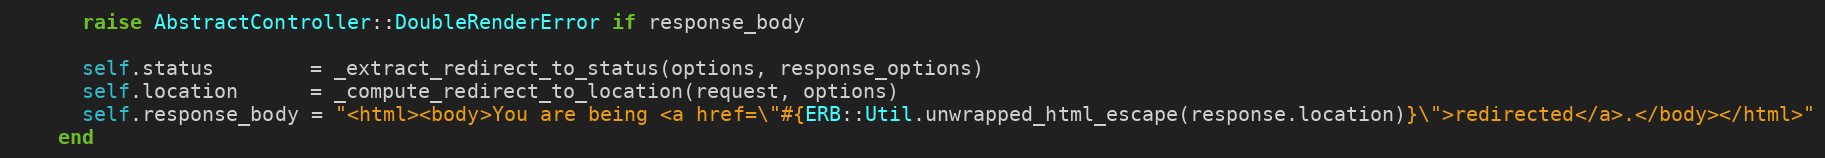
Language: Ruby
      raise AbstractController::DoubleRenderError if response_body

      self.status        = _extract_redirect_to_status(options, response_options)
      self.location      = _compute_redirect_to_location(request, options)
      self.response_body = "<html><body>You are being <a href=\"#{ERB::Util.unwrapped_html_escape(response.location)}\">redirected</a>.</body></html>"
    end